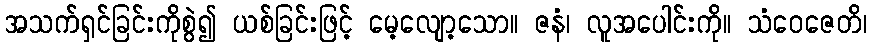
အသက်ရှင်ခြင်းကိုစွဲ၍ ယစ်ခြင်းဖြင့် မေ့လျော့သော။ ဇနံ၊ လူအပေါင်းကို။ သံဝေဇေတိ၊